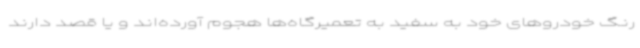
رنگ خودروهای خود به سفید به تعمیرگاه‌ها هجوم آورده‌اند و یا قصد دارند